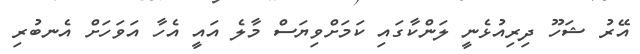
އޭރު ޝަހޫ ދިރިއުޅެނީ ލަންކާގައި ކަމަށްވިޔަސް މާލެ އައީ އެހާ އަވަހަށް އެނބުރި